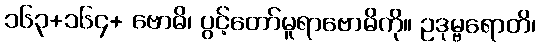
၁၆၃+၁၆၄+ ဗောဓိ၊ ပွင့်တော်မူရာဗောဓိကို။ ဥဒုမ္ဗရောတိ၊